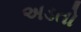
અડતો